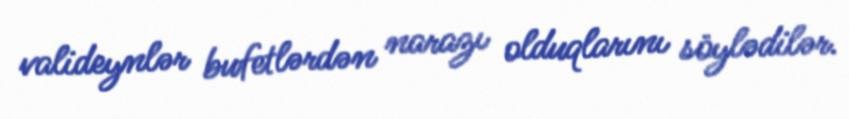
valideynlər bufetlərdən narazı olduqlarını söylədilər.